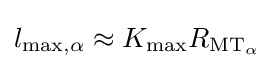
l_{{\text{max}},\alpha }\approx K_{\text{max}}R_{{\text{MT}}_{\alpha }}